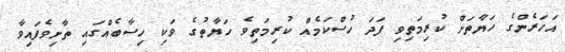
އަހަރެންގެ ހަޔާތަށް ކުރިމަތިވި ފަދަ ހުސްކަމެއް ކުރިމަތިވެ ހަޔާތުގެ ވަކި ހިސާބެއްގައި ތާށިވެފައިވާ